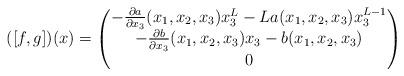
LaTeX: \begin{align*}([f,g])(x)=\left(\begin{matrix}-\frac{\partial a}{\partial x_3}(x_1,x_2,x_3)x_3^L-La(x_1,x_2,x_3)x_3^{L-1}\\-\frac{\partial b}{\partial x_3}(x_1,x_2,x_3)x_3-b(x_1,x_2,x_3)\\0\end{matrix}\right)\end{align*}